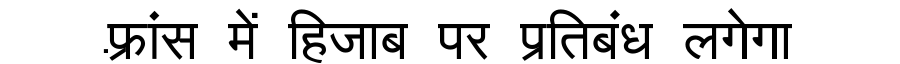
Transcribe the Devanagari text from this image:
फ़्रांस में हिजाब पर प्रतिबंध लगेगा